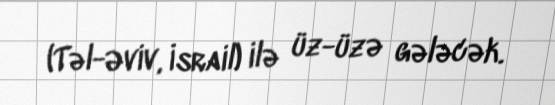
(Təl-Əviv, İsrail) ilə üz-üzə gələcək.